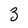
Character: 3